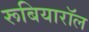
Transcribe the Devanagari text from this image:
रूबियारॉल